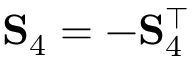
\mathbf { S } _ { 4 } = - \mathbf { S } _ { 4 } ^ { \top }